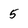
Character: 5